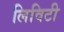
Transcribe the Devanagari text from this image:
लिविटी